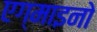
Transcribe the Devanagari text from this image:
एग्माइनो